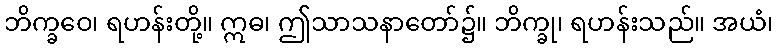
ဘိက္ခဝေ၊ ရဟန်းတို့။ ဣဓ၊ ဤသာသနာတော်၌။ ဘိက္ခု၊ ရဟန်းသည်။ အယံ၊